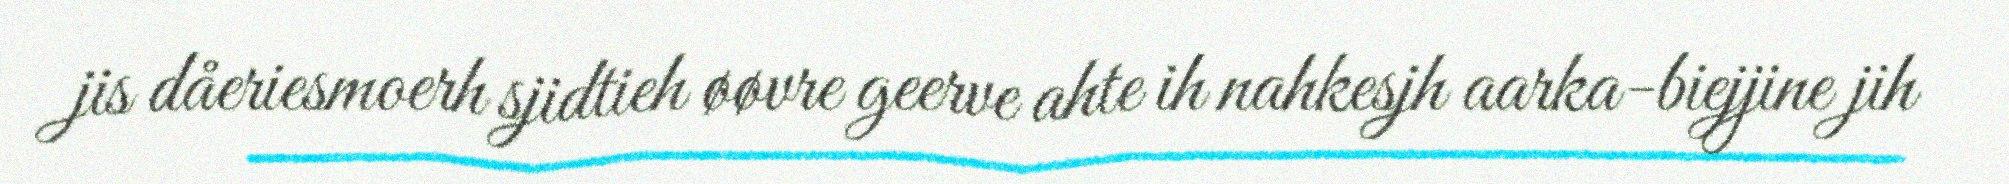
jis dåeriesmoerh sjidtieh øøvre geerve ahte ih nahkesjh aarka-biejjine jih